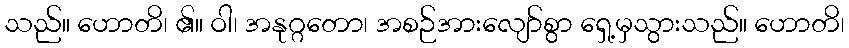
သည်။ ဟောတိ၊ ၏။ ဝါ၊ အနုဂ္ဂတော၊ အစဉ်အားလျော်စွာ ရှေ့မှသွားသည်။ ဟောတိ၊